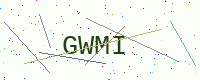
Text: GWMI